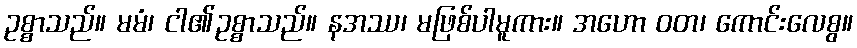
ဥစ္စာသည်။ မမံ၊ ငါ၏ဥစ္စာသည်။ နအဿ၊ မဖြစ်ပါမူကား။ အဟော ဝတ၊ ကောင်းလေစွ။